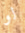
لو